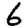
Digit: 6